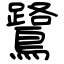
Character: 鷺